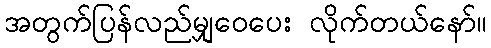
အတွက်ပြန်လည်မျှဝေပေး လိုက်တယ်နော်။